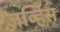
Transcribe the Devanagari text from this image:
जर्व्हिस